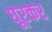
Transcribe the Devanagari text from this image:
घूरकर